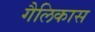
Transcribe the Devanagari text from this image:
गैलिकास